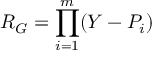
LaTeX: R _ { G } = \prod _ { i = 1 } ^ { m } ( Y - P _ { i } )